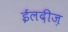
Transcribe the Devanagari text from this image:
ईलदीज़